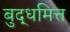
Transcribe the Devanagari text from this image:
बुद्धमित्त